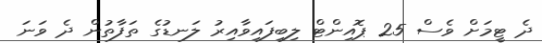
ދެ ޓީމަށް ވެސް 25 ޕޮއިންޓް ލިބިފައިވާއިރު ލަނޑުގެ ތަފާތުން ދެ ވަނަ